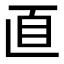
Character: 𦣽